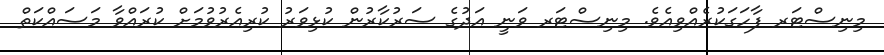
މިނިސްޓަރ ފާހަގަކުރެއްވިއެވެ. މިނިސްޓަރ ވަނީ އަދުގެ ސަރުކާރުން ކުޅިވަރު ކުރިއެރުވުމަށް ކުރައްވާ މަސައްކަތް